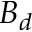
B _ { d }